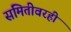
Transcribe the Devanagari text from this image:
समितीवरही